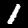
Label: 1